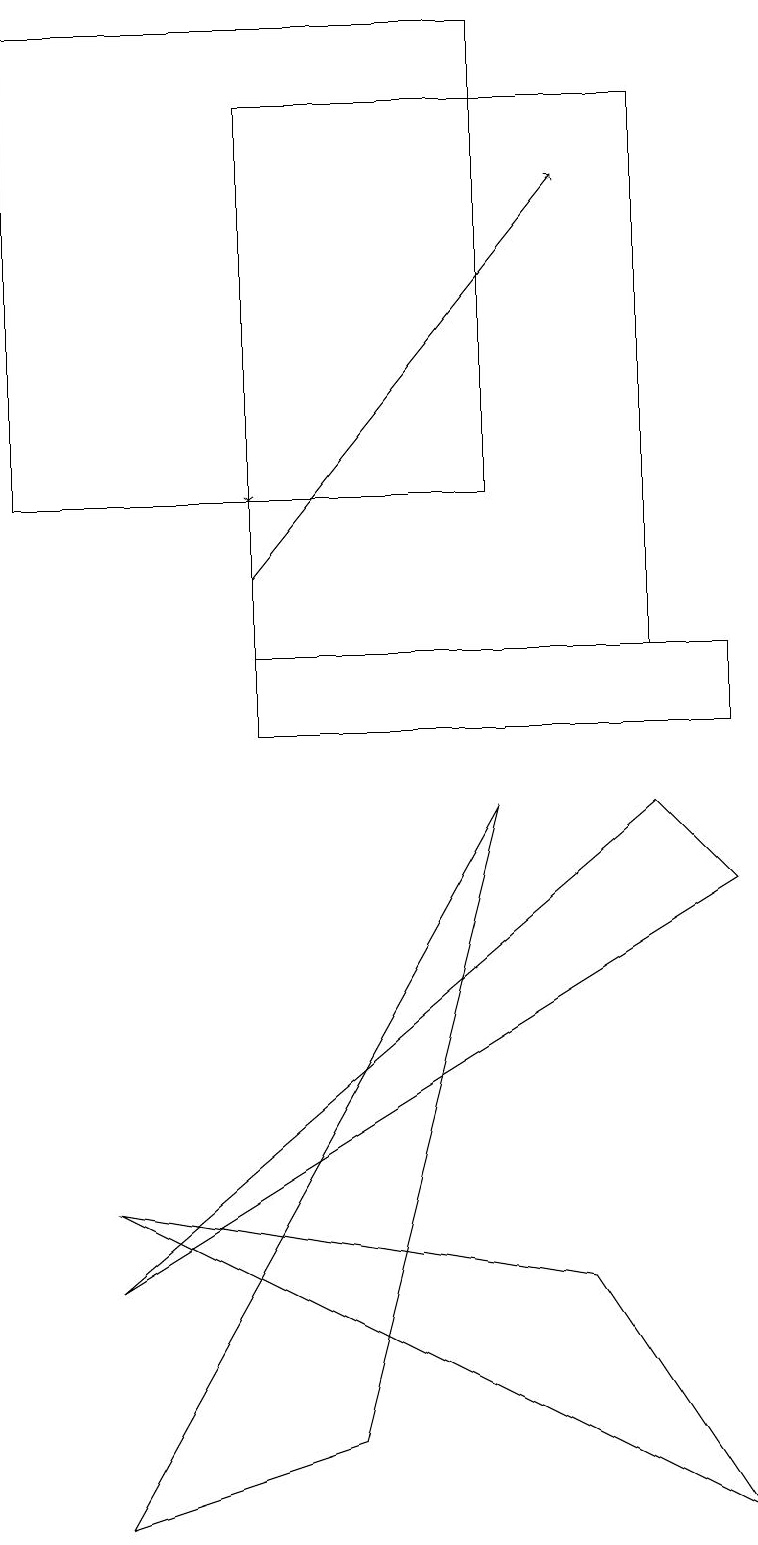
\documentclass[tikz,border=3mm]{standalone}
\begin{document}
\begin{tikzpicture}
\draw[->] (3,12) -- (7,17);
\draw (7,3) -- (1,4) -- (9,0) -- cycle;
\draw (4,1) -- (6,9) -- (1,0) -- cycle;
\draw (9,11) rectangle (3,10);
\draw (3,11) rectangle (8,18);
\draw[->] (3,14) -- (3,13);
\draw (0,13) rectangle (6,19);
\draw (1,3) -- (8,9) -- (9,8) -- cycle;
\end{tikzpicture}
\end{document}